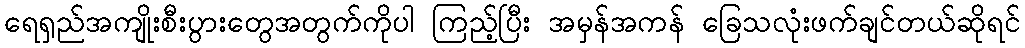
ရေရှည်အကျိုးစီးပွားတွေအတွက်ကိုပါ ကြည့်ပြီး အမှန်အကန် ခြေသလုံးဖက်ချင်တယ်ဆိုရင်